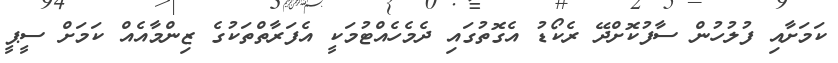
ކަމަށާއި ފުލުހުން ސާފުކޮށްދޭ ރެކޯޑު އެގޮތުގައި ދެމެހެއްޓުމަކީ އެފަރާތްތަކުގެ ޒިންމާއެއް ކަމަށް ސީޕީ